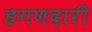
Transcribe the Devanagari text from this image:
हगणदारी